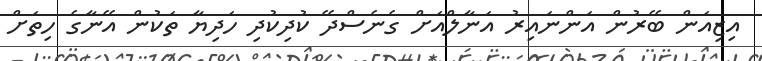
އިޒިއަން ބޭރުން އަންނައިރު އަނާލްއަށް ގެނެސްދޭ ކުދިކުދި ހަދިޔާ ތަކުން އޭނާގެ ހިތަށް